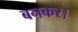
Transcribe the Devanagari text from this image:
बनकर।